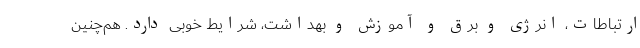
ارتباطات، انرژی و برق و آموزش و بهداشت، شرایط خوبی دارد. هم‌چنین